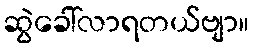
ဆွဲခေါ်လာရတယ်ဗျာ။